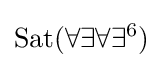
{\rm {{Sat}(\forall \exists \forall \exists ^{6})}}